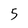
Character: 5